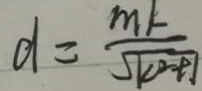
d = \frac { m k } { \sqrt { k ^ { 2 } + 1 } }